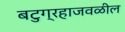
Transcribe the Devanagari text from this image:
बटुग्रहाजवळील